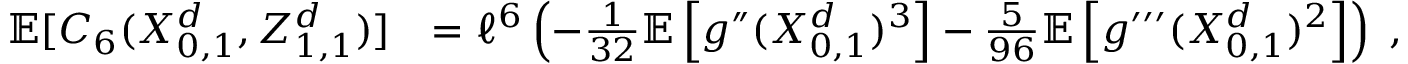
\begin{array} { r l } { \mathbb { E } [ C _ { 6 } ( X _ { 0 , 1 } ^ { d } , Z _ { 1 , 1 } ^ { d } ) ] } & { = \ell ^ { 6 } \left( - \frac { 1 } { 3 2 } \ensuremath { \mathbb { E } \left[ g ^ { \dprime } ( X _ { 0 , 1 } ^ { d } ) ^ { 3 } \right] } - \frac { 5 } { 9 6 } \ensuremath { \mathbb { E } \left[ g ^ { \prime \prime \prime } ( X _ { 0 , 1 } ^ { d } ) ^ { 2 } \right] } \right) \; , } \end{array}